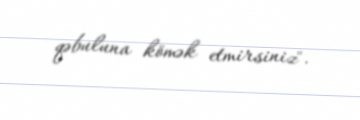
qəbuluna kömək etmirsiniz".